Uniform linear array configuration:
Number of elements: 24
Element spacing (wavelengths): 0.25
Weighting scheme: kaiser
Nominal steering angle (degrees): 0
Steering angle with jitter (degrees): -0.03022
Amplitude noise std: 0.05
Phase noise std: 0.05

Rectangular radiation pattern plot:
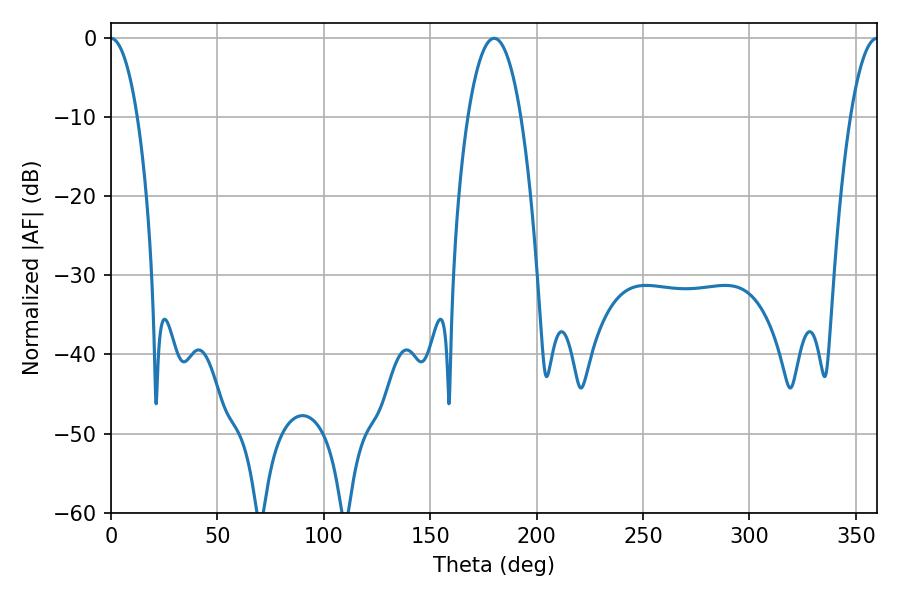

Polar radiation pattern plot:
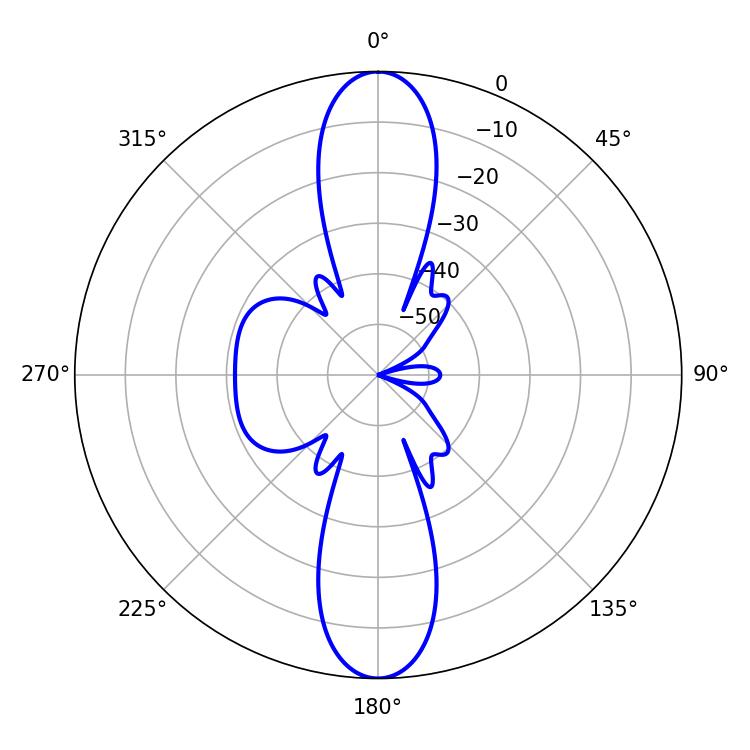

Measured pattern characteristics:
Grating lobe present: FALSE
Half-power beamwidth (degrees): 7.02
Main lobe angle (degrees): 360